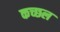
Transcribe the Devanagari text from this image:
कच्छल